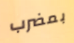
بمضرب